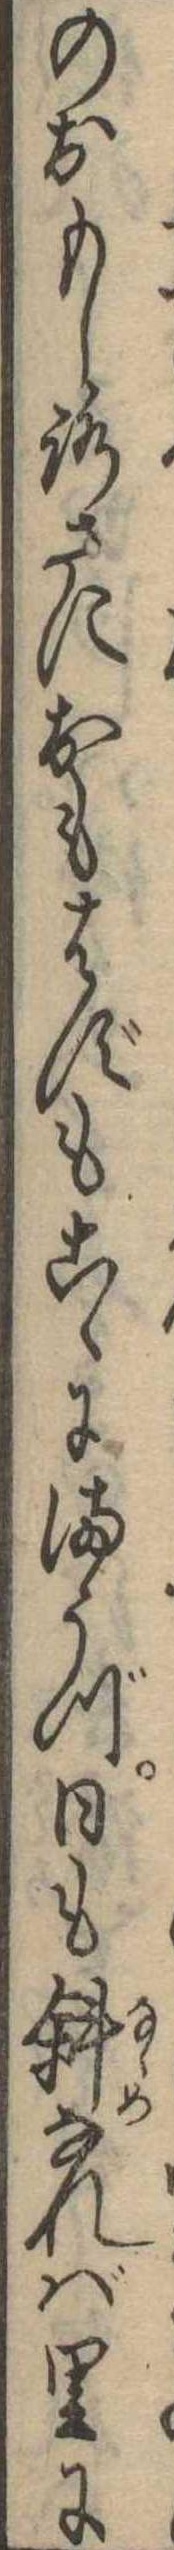
のおもしろさにおもはずもこゝにまうづ日も斜なれば里に